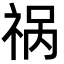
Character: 祸